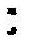
: